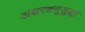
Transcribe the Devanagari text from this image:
अक्षरशत्रूसुद्धा